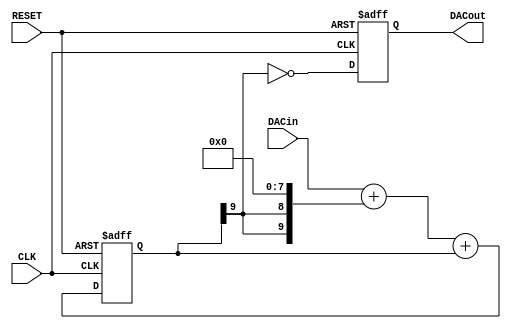
//
// PWM DAC
//
// MSBI is the highest bit number. NOT amount of bits!
//
module sigma_delta_dac #(parameter MSBI=7, parameter INV=1'b1)
(
   output reg      DACout, //Average Output feeding analog lowpass
   input  [MSBI:0] DACin,  //DAC input (excess 2**MSBI)
   input           CLK,
   input           RESET
);

reg [MSBI+2:0] DeltaAdder; //Output of Delta Adder
reg [MSBI+2:0] SigmaAdder; //Output of Sigma Adder
reg [MSBI+2:0] SigmaLatch; //Latches output of Sigma Adder
reg [MSBI+2:0] DeltaB;     //B input of Delta Adder

always @(*) DeltaB = {SigmaLatch[MSBI+2], SigmaLatch[MSBI+2]} << (MSBI+1);
always @(*) DeltaAdder = DACin + DeltaB;
always @(*) SigmaAdder = DeltaAdder + SigmaLatch;

always @(posedge CLK or posedge RESET) begin
   if(RESET) begin
      SigmaLatch <= 1'b1 << (MSBI+1);
      DACout <= INV;
   end else begin
      SigmaLatch <= SigmaAdder;
      DACout <= SigmaLatch[MSBI+2] ^ INV;
   end
end

endmodule